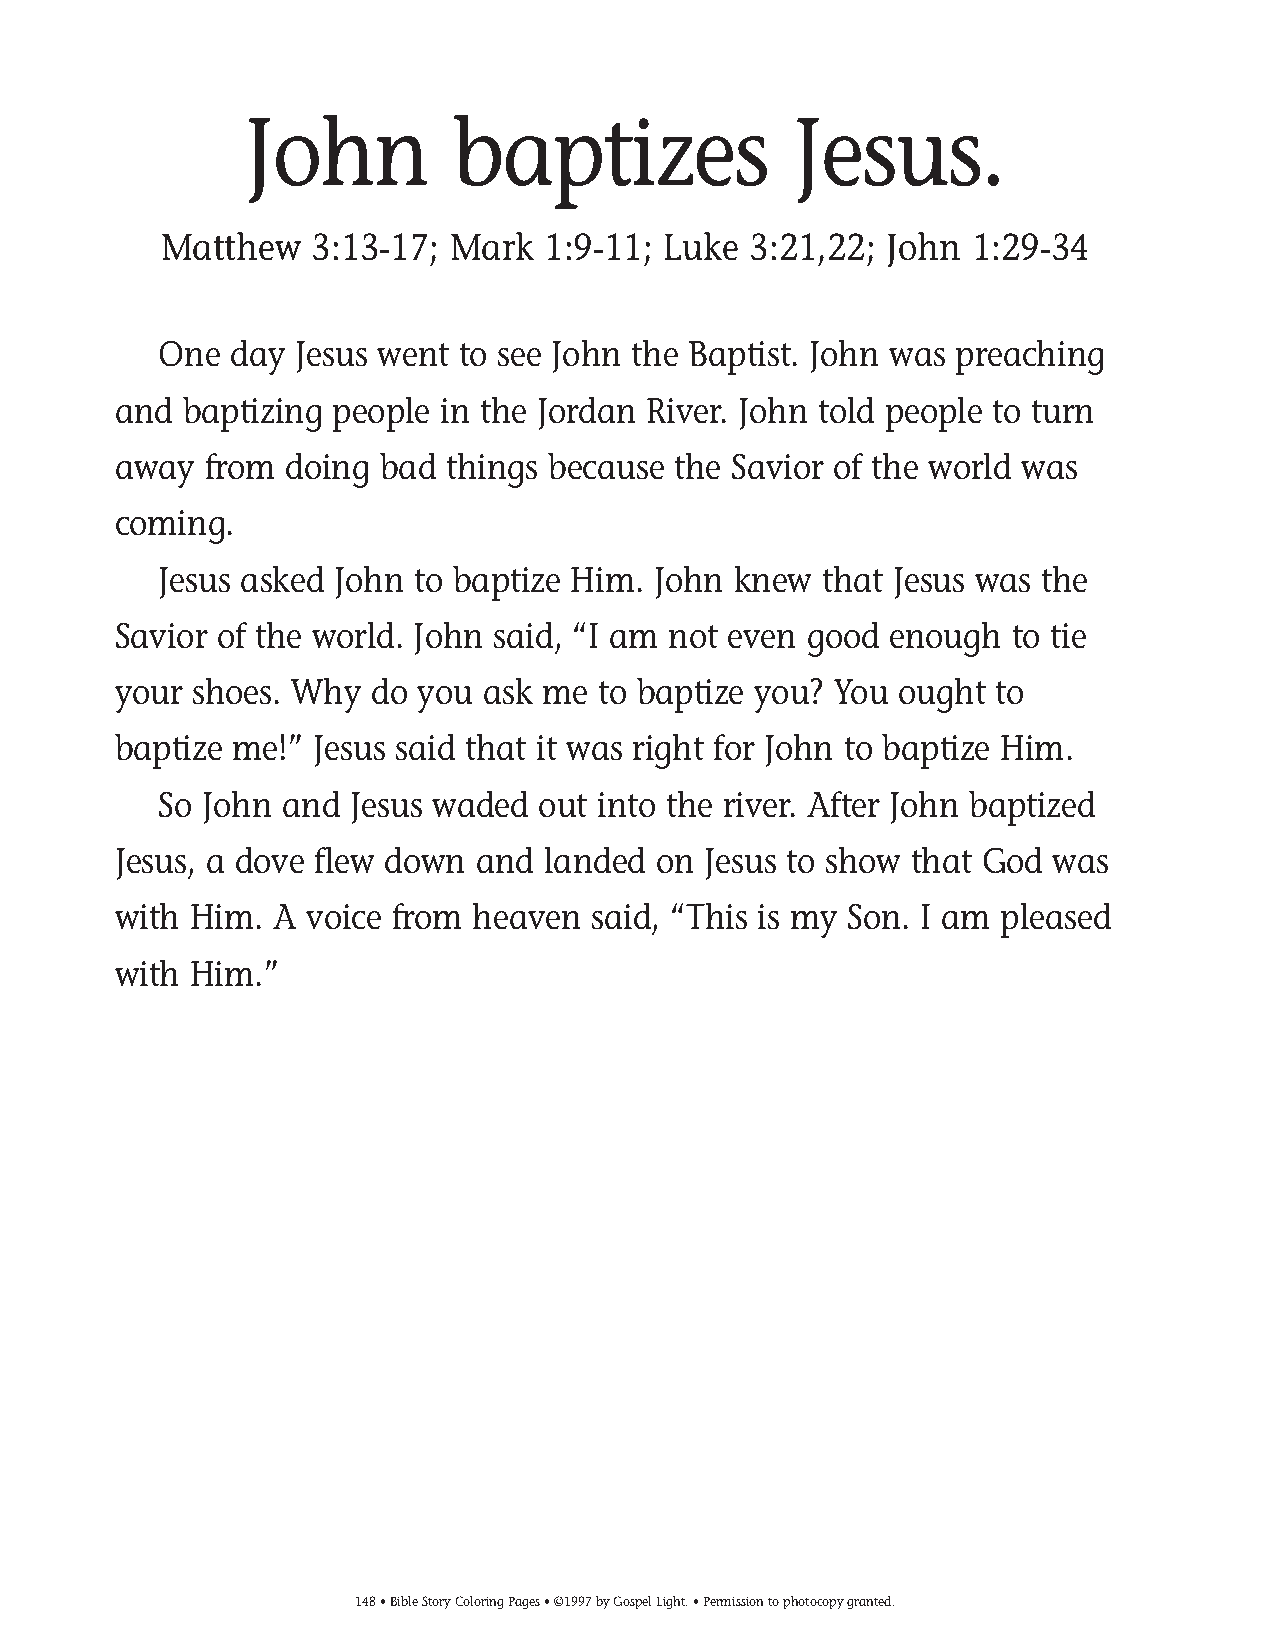
125-154 Coloring pgs_125-154 Coloring pgs 2/19/14 11:48 AM Page 148
 John         baptizes               Jesus.
 Matthew   3:13-17; Mark  1:9-11; Luke  3:21,22; John  1:29-34
 One  day Jesus went to see John the Baptist. John was preaching
 and  baptizing people in the Jordan River. John told people to turn
 away  from doing  bad things because the Savior of the world was
 coming.
 Jesus asked John to baptize Him. John knew  that Jesus was the
 Savior of the world. John said, “I am not even good enough to tie
 your shoes. Why  do you ask me  to baptize you? You ought to
 baptize me!” Jesus said that it was right for John to baptize Him.
 So John and  Jesus waded out into the river. After John baptized
 Jesus, a dove flew down and landed  on Jesus to show that God was
 with Him.  A voice from heaven  said, “This is my Son. I am pleased
 with Him.”
 148• Bible Story Coloring Pages • ©1997 by Gospel Light. • Permission to photocopy granted.